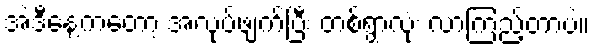
အဲဒီနေ့ကတော့ အလုပ်ဖျက်ပြီး တစ်ရွာလုံး လာကြည့်တာပဲ။